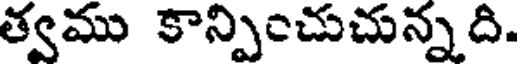
త్వము కాన్పించుచున్నది.